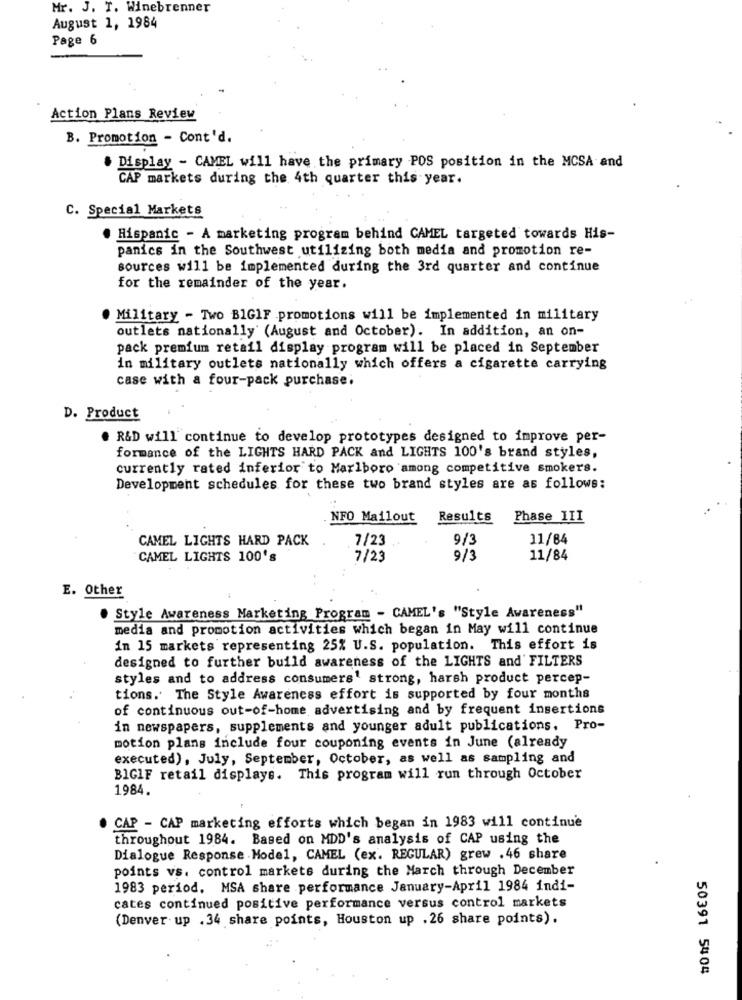
Mr. J. T. Winebrenner
August 1, 1984
Page 6
Action Plans Review
B. Promotion - Cont'd.
. Display - CAMEL will have the primary POS position in the MCSA and
CAP markets during the 4th quarter this year.
C. Special Markets
. Hispanic - A marketing program behind CAMEL targeted towards His-
panics in the Southwest utilizing both media and promotion re-
sources will be implemented during the 3rd quarter and continue
for the remainder of the year.
. Military - Two BIGIF promotions will be implemented in military
outlets nationally (August and October). In addition, an on-
pack premium retail display program will be placed in September
in military outlets nationally which offers a cigarette carrying
case with a four-pack purchase;
D. Product
R&D will continue to develop prototypes designed to improve per-
formance of the LIGHTS HARD PACK and LIGHTS 100's brand styles,
currently rated inferior to Marlboro among competitive smokers.
Development schedules for these two brand styles are as follows:
.NFO Mailout
Results
Phase III
CAMEL LIGHTS HARD PACK
7/23
9/3
11/84
CAMEL LIGHTS 100's
7/23
9/3
11/84
E. Other
Style Awareness Marketing Program - CAMEL's "Style Awareness"
media and promotion activities which began in May will continue
in 15 markets representing 25% U.S. population. This effort is
designed to further build awareness of the LIGHTS and' FILTERS
styles and to address consumers' strong, harsh product percep-
tions. The Style Awareness effort is supported by four months
of continuous out-of-home advertising and by frequent insertions
in newspapers, supplements and younger adult publications, Pro-
motion plans include four couponing events in June (already
executed), July, September, October, as well as sampling and
BIGIF retail displays. This program will run through October
1984.
CAP - CAP marketing efforts which began in 1983 will continue
throughout 1984. Based on MDD's analysis of CAP using the
Dialogue Response Model, CAMEL (ex. REGULAR) grew . 46 share
points vs. control markets during the March through December
1983 period. MSA share performance January-April 1984 indi-
cates continued positive performance versus control markets
(Denver up .34 share points, Houston up . 26 share points).
50391 5404